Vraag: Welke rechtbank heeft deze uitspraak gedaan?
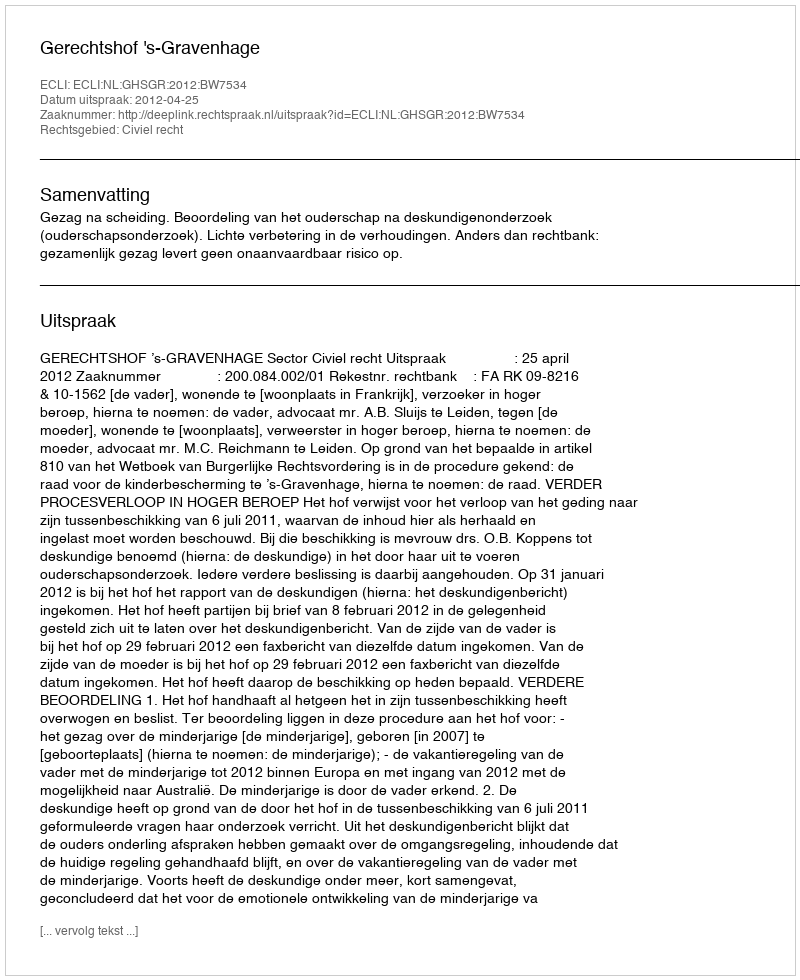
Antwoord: Gerechtshof 's-Gravenhage